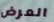
العرض